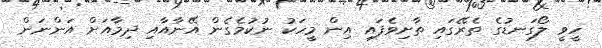
ހީވީ ލޯގަނޑުގެ ތެރޭގައި ތާށިވެފައި އިން މީހަކު ނުކުމެގެން އޭނާއާއި ދިމާއަށް އަންނަން